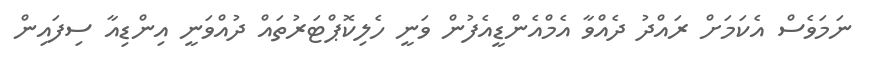
ނަމަވެސް އެކަމަށް ރައްދު ދެއްވާ އެމްއެންޑީއެފުން ވަނީ ހެލިކޮޕްޓަރުތައް ދުއްވަނީ އިންޑިއާ ސިފައިން